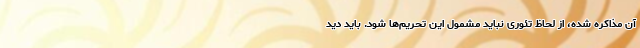
آن مذاکره شده، از لحاظ تئوری نباید مشمول این تحریم‌ها شود. باید دید